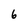
Character: 6